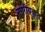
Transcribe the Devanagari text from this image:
नगरीयकृत